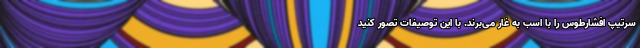
سرتیپ افشارطوس را با اسب به غار می‌برند. با این توصیفات تصور کنید